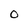
Character: 0